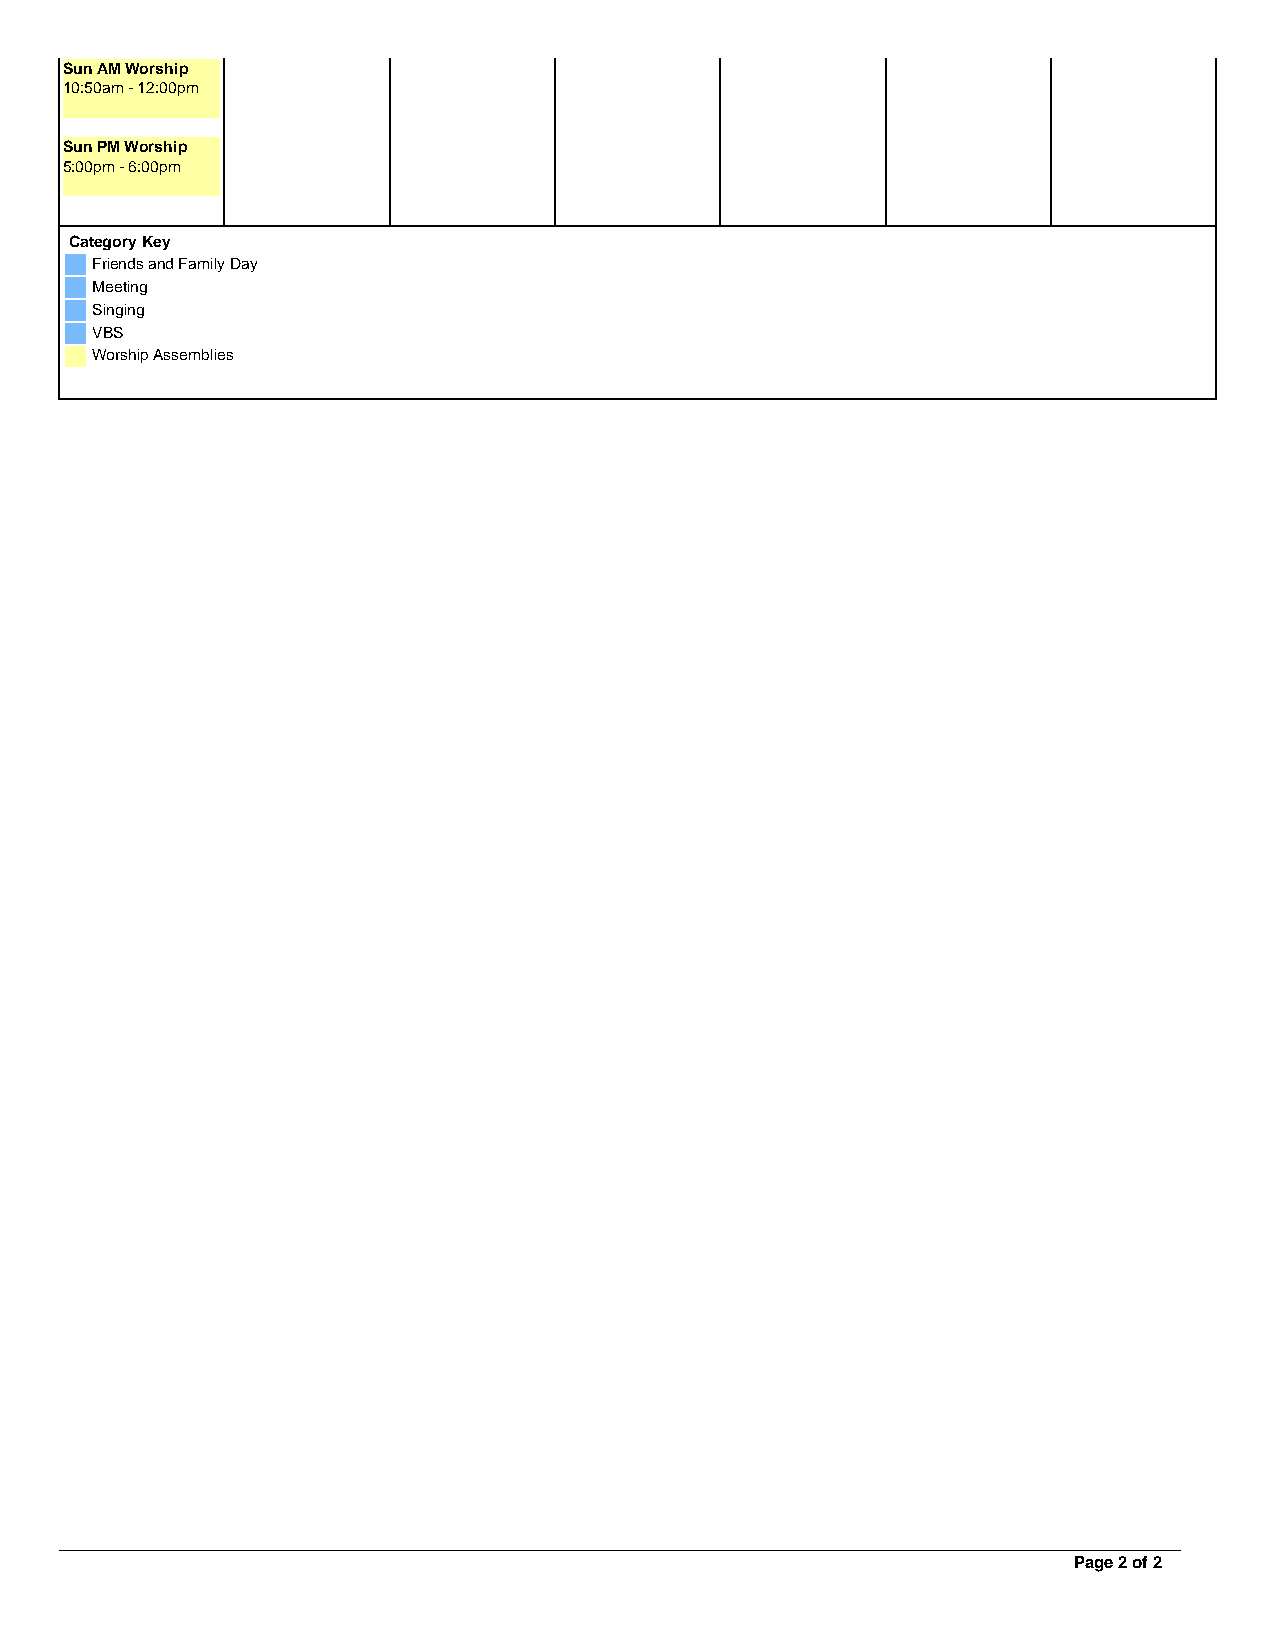
Sun AM Worship
 10:50am - 12:00pm
 Sun PM Worship
 5:00pm - 6:00pm
 Category Key
 Friends and Family Day
 Meeting
 Singing
 VBS
 Worship Assemblies
 Page 2 of 2
 Powered by TCPDF (www.tcpdf.org)